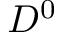
D ^ { 0 }